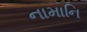
નામાનિ